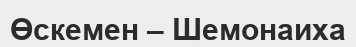
Өскемен – Шемонаиха